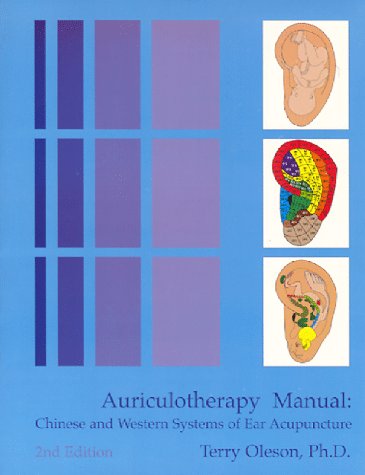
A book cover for Auriculotherapy Manual: Chinese and Western Systems of Ear Acupuncture; Terry Oleson; Medical Books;